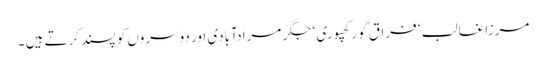
مرزا غالب ‘ فراق گورکھپوری ‘ جگر مرادآبادی اور دوسروں کو پسند کرتے ہیں ۔